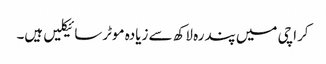
کراچی میں پندرہ لاکھ سے زیادہ موٹرسائیکلیں ہیں۔